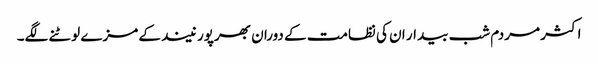
اکثر مردم شب بیدار ان کی نظامت کے دوران بھرپور نیند کے مزے لوٹنے لگے۔